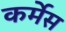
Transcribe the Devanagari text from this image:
कर्मेस